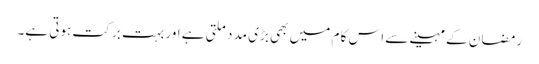
رمضان کے مہینے سے اس کا م میں بھی بڑی مد دملتی ہے اور بہت بر کت ہوتی ہے۔